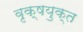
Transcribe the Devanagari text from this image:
वृक्षयुक्त